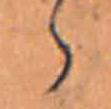
ゝ